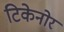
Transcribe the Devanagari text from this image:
टिकेनोर